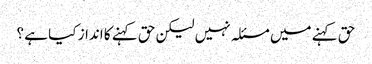
حق کہنے میں مسئلہ نہیں لیکن حق کہنے کا انداز کیا ہے ؟